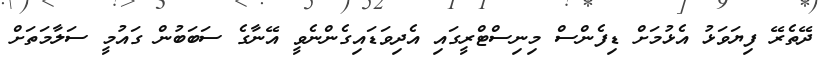
ދޭތެރޭ ފިޔަވަޅު އެޅުމަށް ޑިފެންސް މިނިސްޓްރީގައި އެދިވަޑައިގެންނެވީ އޭނާގެ ސަބަބުން ގައުމީ ސަލާމަތަށް